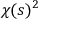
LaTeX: \chi ( s ) ^ { 2 }